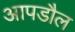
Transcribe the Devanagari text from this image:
आपडौल